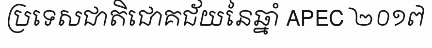
ប្រទេសជាតិជោគជ័យនៃឆ្នាំ APEC ២០១៧